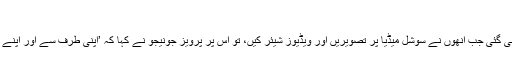
‘
جب ان کو یاد دلایا گیا کہ 2016 میں نوکریوں سے نکالے جانے والے پاکستانیوں کی بات تب سنی گئی جب انھوں نے سوشل میڈیا پر تصویریں اور ویڈیوز شیئر کیں، تو اس پر پرویز جونیجو نے کہا کہ ’اپنی طرف سے اور اپنے عہدے کو دیکھتے ہوئے ہم وہ تمام کوششیں کررہے ہیں جس سے لوگوں کے لیے آسانیاں پیدا ہوں۔